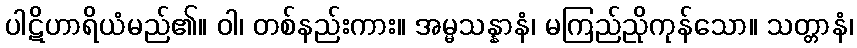
ပါဋိဟာရိယံမည်၏။ ဝါ၊ တစ်နည်းကား။ အမ္မသန္နာနံ၊ မကြည်ညိုကုန်သော။ သတ္တာနံ၊